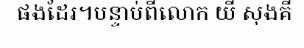
ផងដែរ។បន្ទាប់ពីលោក យី សុងគី